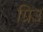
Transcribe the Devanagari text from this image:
ग्रिउ